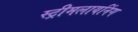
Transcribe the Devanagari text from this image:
स्ट्रीमलायनिंग